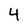
Character: 4